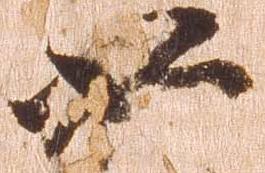
如